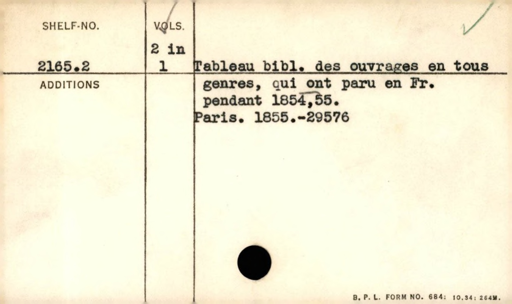
Label: content